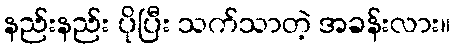
နည်းနည်း ပိုပြီး သက်သာတဲ့ အခန်းလား။